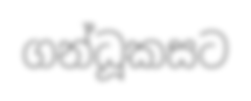
ගන්ධූකසට